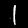
Label: 1